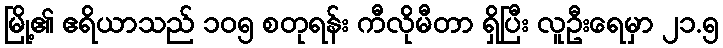
မြို့၏ ဧရိယာသည် ၁၀၅ စတုရန်း ကီလိုမီတာ ရှိပြီး လူဦးရေမှာ ၂၁.၅